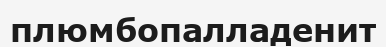
плюмбопалладенит